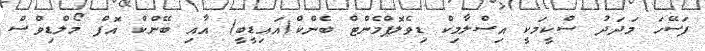
ފަސޭހަ މަދަދު ސްކީމަކީ އިސްލާމިކް ޑިވެލޮޕްމެންޓް ބެންކް(އައިޑީބީ) އާއި ބޭންކް އޮފް މޯލްޑިވްސް